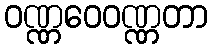
ဝဏ္ဏဝေဝဏ္ဏတာ